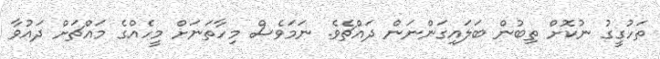
ތަހުގީގު ނުކޮށް ތިބުން ބަލައިގަންނަން ދައްޗެވެ. ނަމަވެސް މިހާތަނަށް މީހެއްގެ މައްޗަށް ދައުވާ